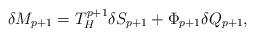
LaTeX: \begin{align*}\delta M_{p+1}=T^{p+1}_H\delta S_{p+1}+\Phi_{p+1}\delta Q_{p+1},\end{align*}